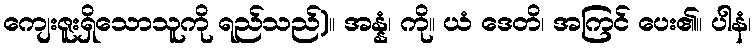
ကျေးဇူးရှိသောသူကို ရည်သည်)။ အန္နံ၊ ကို။ ယံ ဒေတိ၊ အကြင် ပေး၏။ ပါနံ၊